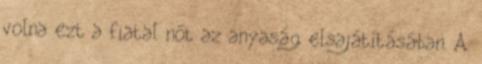
volna ezt a fiatal nőt az anyaság elsajátításában. A